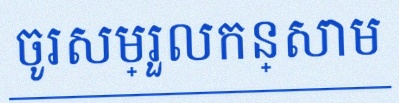
ចូរសម្រួលកន្សោម